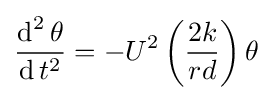
{\frac {\operatorname {d} ^{2}\theta }{\operatorname {d} t^{2}}}=-U^{2}\left({\frac {2k}{rd}}\right)\theta